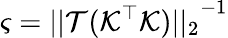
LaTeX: \varsigma={||\mathcal{T}({\mathcal{K}}^{\top}{\mathcal{K}})||_{2}}^{-1}